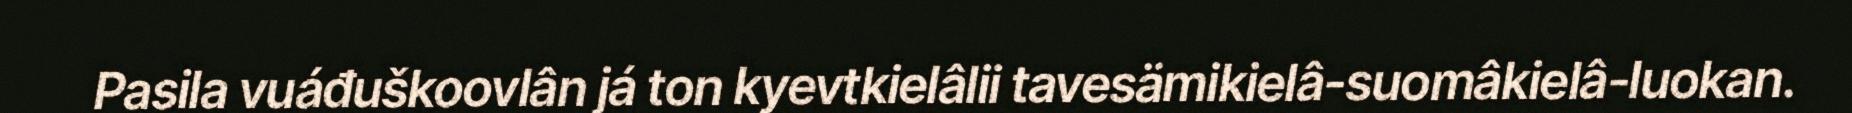
Pasila vuáđuškoovlân já ton kyevtkielâlii tavesämikielâ-suomâkielâ-luokan.